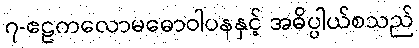
၇-ဧဠကလောမဓောဝါပနနှင့် အဓိပ္ပါယ်စသည်